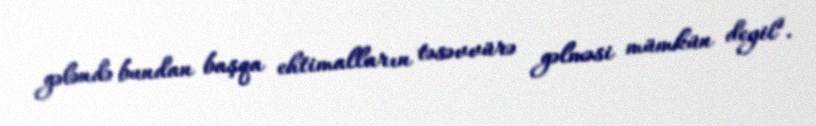
gələndə bundan başqa ehtimalların təsəvvürə gəlməsi mümkün deyil".